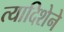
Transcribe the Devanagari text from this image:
त्यादिशेने